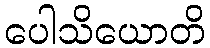
ပေါသိယောတိ